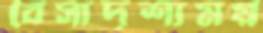
বৈসাদৃশ্যময়